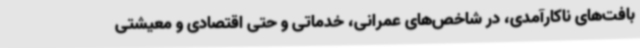
بافت‌های ناکارآمدی، در شاخص‌های عمرانی، خدماتی و حتی اقتصادی و معیشتی